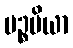
ပဉ္စမိယာ